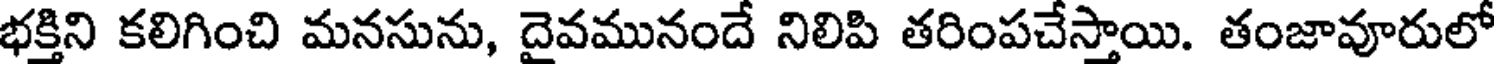
భక్తిని కలిగించి మనసును, దైవమునందే నిలిపి తరింపచేస్తాయి. తంజావూరులో